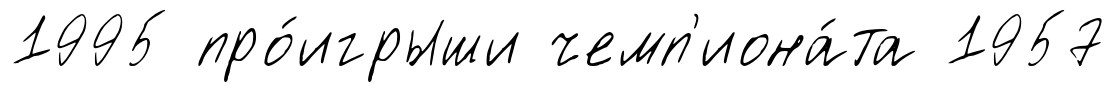
1995 про́игрыши чемп'иона́та 1957